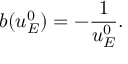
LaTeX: b ( u _ { E } ^ { 0 } ) = - \frac { 1 } { u _ { E } ^ { 0 } } .